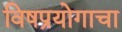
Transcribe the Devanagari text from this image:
विषप्रयोगाचा